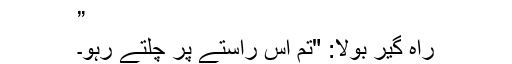
”
راہ گیر بولا: "تم اس راستے پر چلتے رہو۔